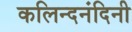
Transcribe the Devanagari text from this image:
कलिन्दनंदिनी